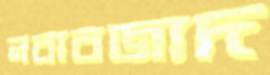
নবাবজাদ